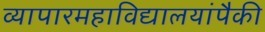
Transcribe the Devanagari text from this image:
व्यापारमहाविद्यालयांपैकी